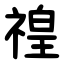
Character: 䄓